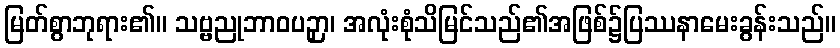
မြတ်စွာဘုရား၏။ သဗ္ဗညုဘာဝပဉှာ၊ အလုံးစုံသိမြင်သည်၏အဖြစ်၌ပြဿနာမေးခွန်းသည်။